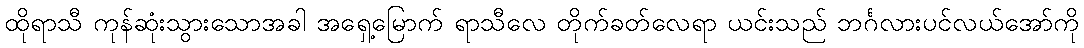
ထိုရာသီ ကုန်ဆုံးသွားသောအခါ အရှေ့မြောက် ရာသီလေ တိုက်ခတ်လေရာ ယင်းသည် ဘင်္ဂလားပင်လယ်အော်ကို